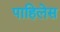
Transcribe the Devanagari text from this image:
पाहिलेस